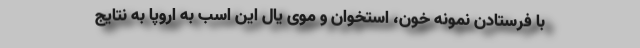
با فرستادن نمونه خون، استخوان و موی یال این اسب به اروپا به نتایج